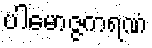
ပါမောဇ္ဇကရဏံ